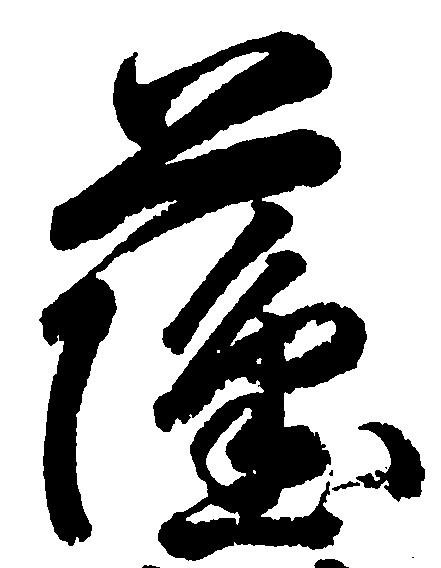
薩